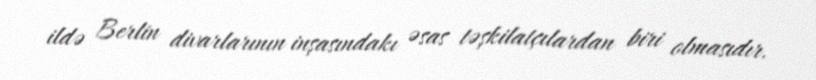
ildə Berlin divarlarının inşasındakı əsas təşkilatçılardan biri olmasıdır.